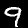
Label: 9